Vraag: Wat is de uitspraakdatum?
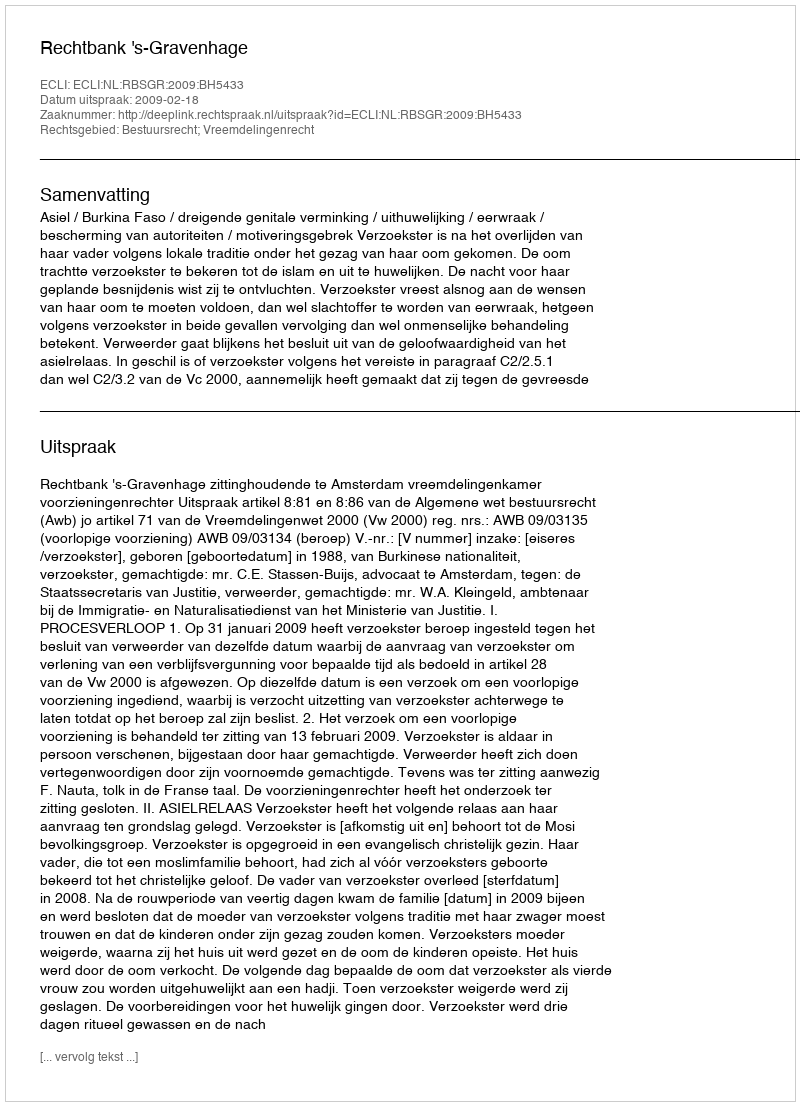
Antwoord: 2009-02-18